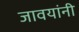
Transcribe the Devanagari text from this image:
जावयांनी